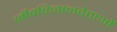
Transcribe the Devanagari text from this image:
जीवविज्ञानवेताओं